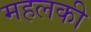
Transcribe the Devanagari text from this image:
महलकी